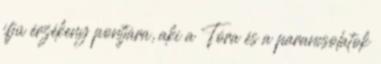
ifjú érzékeny pontjára, aki a Tóra és a parancsolatok